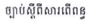
ច្បាប់ស្តីពីសារពើពន្ធ